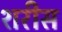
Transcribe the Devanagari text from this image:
शरीस